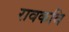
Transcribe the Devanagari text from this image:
रावकवि